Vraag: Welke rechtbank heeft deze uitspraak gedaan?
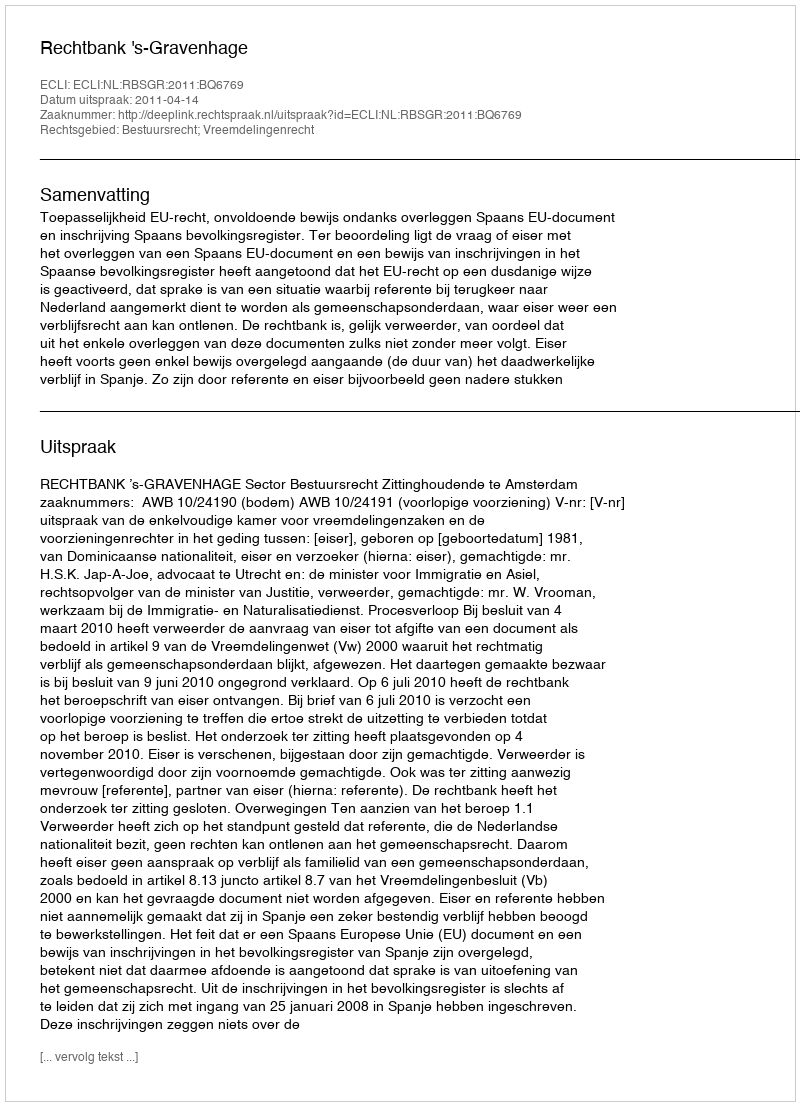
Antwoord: Rechtbank 's-Gravenhage